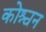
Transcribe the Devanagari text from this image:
कोश्चन